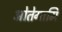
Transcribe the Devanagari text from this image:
ओतेगामि